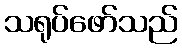
သရုပ်ဖော်သည်